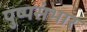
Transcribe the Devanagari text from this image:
पुष्पसंभार